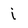
Character: j